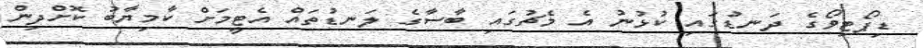
ޑިޕޯޓިވޯގެ ދަނޑުގައި ކުޅުނު އެ މެޗުގައި ބާސާގެ ލަނޑުތައް އެޓީމަށް ކާމިޔާބު ކޮށްދިން